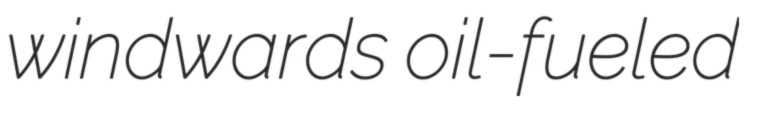
windwards oil-fueled